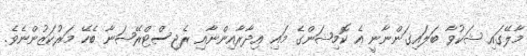
މާލޭގައި ޝަކުވާ ބަލައިގަންނާނީ އެ ކޮމިޝަންގެ މައި އިދާރާއިންނާއި ރެޖިސްޓްރޭޝަނާ ބެހޭ މަރުކަޒުންނެވެ.